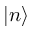
| n \rangle